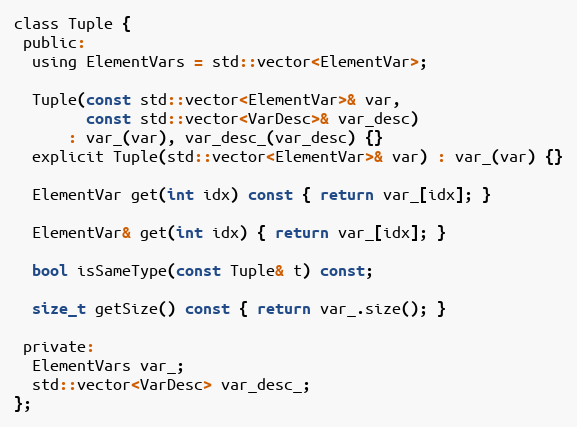
Language: C
class Tuple {
 public:
  using ElementVars = std::vector<ElementVar>;

  Tuple(const std::vector<ElementVar>& var,
        const std::vector<VarDesc>& var_desc)
      : var_(var), var_desc_(var_desc) {}
  explicit Tuple(std::vector<ElementVar>& var) : var_(var) {}

  ElementVar get(int idx) const { return var_[idx]; }

  ElementVar& get(int idx) { return var_[idx]; }

  bool isSameType(const Tuple& t) const;

  size_t getSize() const { return var_.size(); }

 private:
  ElementVars var_;
  std::vector<VarDesc> var_desc_;
};